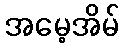
အမေ့အိမ်